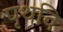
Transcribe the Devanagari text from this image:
पृथवि